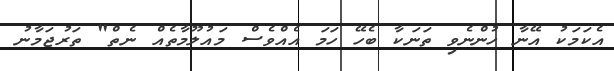
އެކަމަކު އޭނާ ހުންނެވި ތަނަކާ ބެހޭ ހަމަ އެއްވެސް މައުލޫމާތެއް ނެތް" ތަރުޖަމާނު